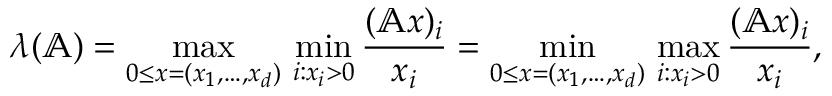
\lambda ( \mathbb { A } ) = \operatorname* { m a x } _ { 0 \leq x = ( x _ { 1 } , \ldots , x _ { d } ) } \, \operatorname* { m i n } _ { i : x _ { i } > 0 } \frac { ( \mathbb { A } x ) _ { i } } { x _ { i } } = \operatorname* { m i n } _ { 0 \leq x = ( x _ { 1 } , \ldots , x _ { d } ) } \, \operatorname* { m a x } _ { i : x _ { i } > 0 } \frac { ( \mathbb { A } x ) _ { i } } { x _ { i } } ,